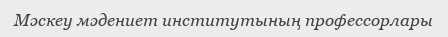
Мәскеу мәдениет институтының профессорлары